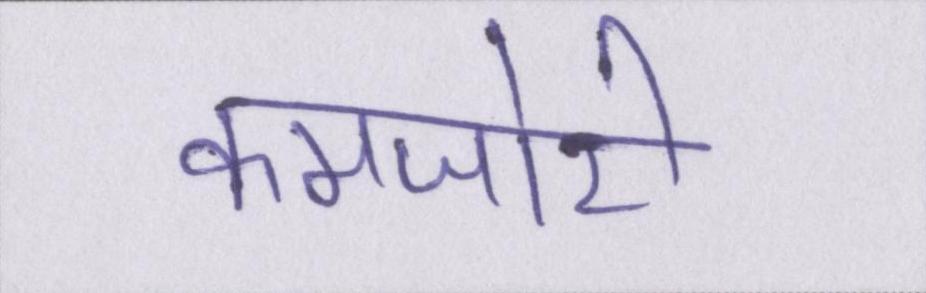
कमजोरी